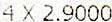
4 X 2.9000